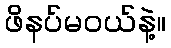
ဖိနပ်မဝယ်နဲ့။